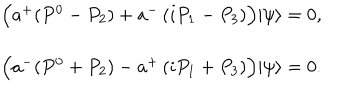
\begin{array} { c } { { \Bigl ( a ^ { + } ( P ^ { 0 } - P _ { 2 } ) + a ^ { - } \left( i P _ { 1 } - P _ { 3 } \right) \Bigr ) | \psi \rangle = 0 , } } \\ { { \Bigl ( a ^ { - } ( P ^ { 0 } + P _ { 2 } ) - a ^ { + } \left( i P _ { 1 } + P _ { 3 } \right) \Bigr ) | \psi \rangle = 0 . } } \\ \end{array}